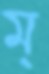
ম্